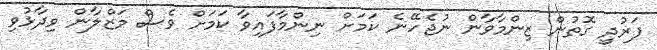
ފަރުދީ ގޮތުން ޒިންމާވާން ނުޖެހޭނެ ކަމަށް ނިންމާފައިވާ ކަމަށް ވެސް މަޒްލާން ވިދާޅުވި